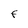
Character: F